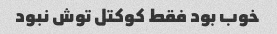
خوب بود فقط کوکتل توش نبود